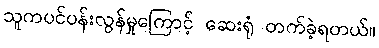
သူကပင်ပန်းလွန်မှုကြောင့် ဆေးရုံ တက်ခဲ့ရတယ်။